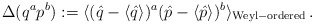
\begin{align*} \Delta(q^ap^b):=\langle (\hat{q}-\langle\hat{q}\rangle)^a (\hat{p}-\langle\hat{p}\rangle)^b\rangle_{\rm Weyl-ordered}\,.\end{align*}